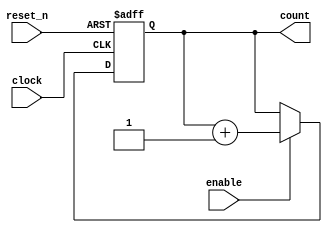
module clock_edge_behavioral(
    input wire clock,          // Clock input
    input wire reset_n,       // Active low asynchronous reset
    input wire enable,        // Enable signal to update the counter
    output reg [1:0] count    // 2-bit output counter
);

// Asynchronous reset and edge-sensitive behavior
always @(posedge clock or negedge reset_n) begin
    if (!reset_n) begin
        count <= 2'b00;          // Reset counter to 0 on reset
    end else if (enable) begin
        count <= count + 1;      // Increment counter
    end
end

endmodule